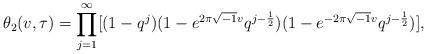
LaTeX: \begin{align*}\theta_2(v,\tau)=\prod_{j=1}^{\infty}[(1-q^j)(1-e^{2\pi\sqrt{-1}v}q^{j-\frac{1}{2}})(1-e^{-2\pi\sqrt{-1}v}q^{j-\frac{1}{2}})],\end{align*}